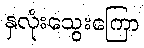
နှလုံးသွေးကြော